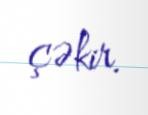
çəkir.